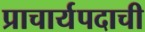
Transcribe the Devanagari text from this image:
प्राचार्यपदाची